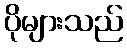
ပိုများသည်